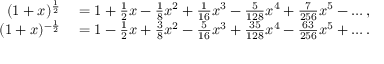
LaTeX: \begin{array} { r l } { ( 1 + x ) ^ { \frac { 1 } { 2 } } } & { { } = 1 + { \frac { 1 } { 2 } } x - { \frac { 1 } { 8 } } x ^ { 2 } + { \frac { 1 } { 1 6 } } x ^ { 3 } - { \frac { 5 } { 1 2 8 } } x ^ { 4 } + { \frac { 7 } { 2 5 6 } } x ^ { 5 } - \ldots , } \\ { ( 1 + x ) ^ { - { \frac { 1 } { 2 } } } } & { { } = 1 - { \frac { 1 } { 2 } } x + { \frac { 3 } { 8 } } x ^ { 2 } - { \frac { 5 } { 1 6 } } x ^ { 3 } + { \frac { 3 5 } { 1 2 8 } } x ^ { 4 } - { \frac { 6 3 } { 2 5 6 } } x ^ { 5 } + \ldots . } \end{array}